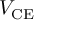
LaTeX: V _ { \mathrm { C E } }